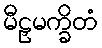
မီဠှမက္ခိတံ